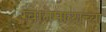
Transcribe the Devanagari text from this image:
ग्वातेमालाच्या